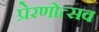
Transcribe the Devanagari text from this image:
प्रेरणोत्सव